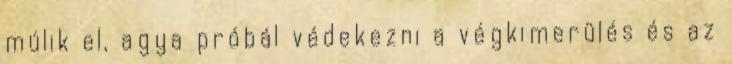
múlik el, agya próbál védekezni a végkimerülés és az